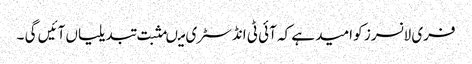
فری لانسرز کو امید ہے کہ آئی ٹی انڈسٹری میںمثبت تبدیلیاں آئیں گی ۔